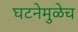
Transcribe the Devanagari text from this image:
घटनेमुळेच